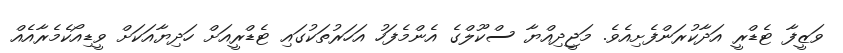
ވަޒީފާ ޓެޑްރީ އަދާކުރަންފެށިއެވެ. މަޖީދިއްޔާ ސްކޫލްގެ އެންމެފަހު އަހަރުތަކުގައި ޓެޑްރީއަށް ހަދިޔާއަކަށް ވީޑިއޯކެމެރާއެއް